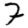
Digit: 7